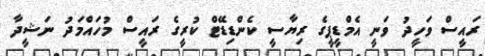
ރައީސް ވަހީދު ވަނީ އެމްޑީޕީގެ ރިޔާސީ ކެންޑިޑޭޓް ކުރީގެ ރައީސް މުހައްމަދު ނަޝީދާ